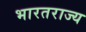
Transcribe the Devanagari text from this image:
भारतराज्य